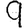
Digit: 9